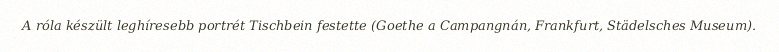
A róla készült leghíresebb portrét Tischbein festette (Goethe a Campangnán, Frankfurt, Städelsches Museum).